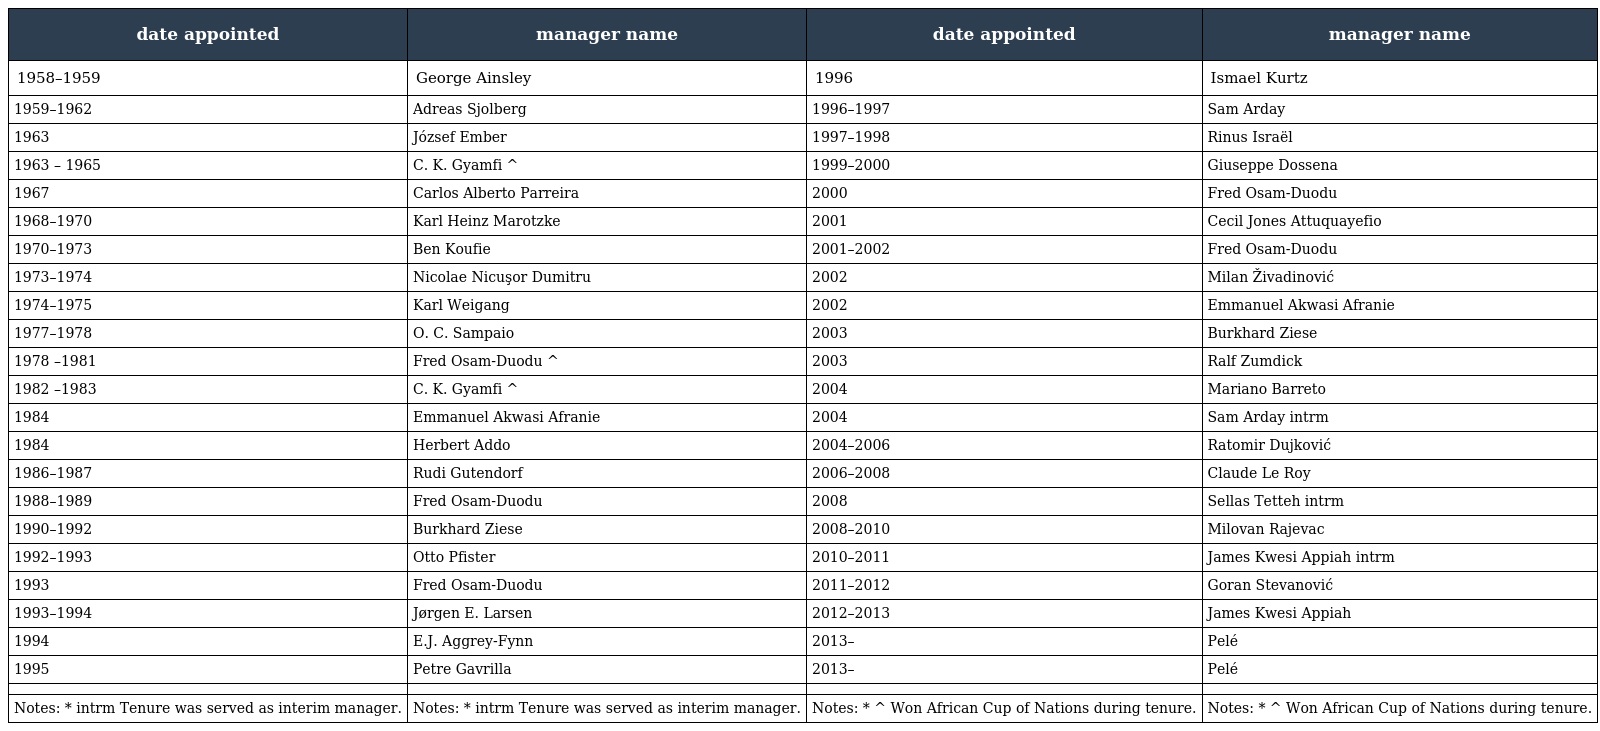
| date appointed | manager name | date appointed | manager name |
 | --- | --- | --- | --- |
 | 1958–1959 | George Ainsley | 1996 | Ismael Kurtz |
 | 1959–1962 | Adreas Sjolberg | 1996–1997 | Sam Arday |
 | 1963 | József Ember | 1997–1998 | Rinus Israël |
 | 1963 – 1965 | C. K. Gyamfi ^ | 1999–2000 | Giuseppe Dossena |
 | 1967 | Carlos Alberto Parreira | 2000 | Fred Osam-Duodu |
 | 1968–1970 | Karl Heinz Marotzke | 2001 | Cecil Jones Attuquayefio |
 | 1970–1973 | Ben Koufie | 2001–2002 | Fred Osam-Duodu |
 | 1973–1974 | Nicolae Nicuşor Dumitru | 2002 | Milan Živadinović |
 | 1974–1975 | Karl Weigang | 2002 | Emmanuel Akwasi Afranie |
 | 1977–1978 | O. C. Sampaio | 2003 | Burkhard Ziese |
 | 1978 –1981 | Fred Osam-Duodu ^ | 2003 | Ralf Zumdick |
 | 1982 –1983 | C. K. Gyamfi ^ | 2004 | Mariano Barreto |
 | 1984 | Emmanuel Akwasi Afranie | 2004 | Sam Arday intrm |
 | 1984 | Herbert Addo | 2004–2006 | Ratomir Dujković |
 | 1986–1987 | Rudi Gutendorf | 2006–2008 | Claude Le Roy |
 | 1988–1989 | Fred Osam-Duodu | 2008 | Sellas Tetteh intrm |
 | 1990–1992 | Burkhard Ziese | 2008–2010 | Milovan Rajevac |
 | 1992–1993 | Otto Pfister | 2010–2011 | James Kwesi Appiah intrm |
 | 1993 | Fred Osam-Duodu | 2011–2012 | Goran Stevanović |
 | 1993–1994 | Jørgen E. Larsen | 2012–2013 | James Kwesi Appiah |
 | 1994 | E.J. Aggrey-Fynn | 2013– | Pelé |
 | 1995 | Petre Gavrilla | 2013– | Pelé |
 |  |  |  |  |
 | Notes: * intrm Tenure was served as interim manager. | Notes: * intrm Tenure was served as interim manager. | Notes: * ^ Won African Cup of Nations during tenure. | Notes: * ^ Won African Cup of Nations during tenure. |